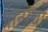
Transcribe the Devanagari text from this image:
त्रीन्पथो